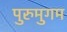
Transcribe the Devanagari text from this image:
पुरुमुगम